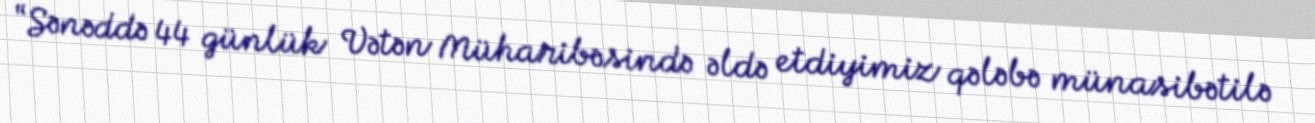
“Sənəddə 44 günlük Vətən Müharibəsində əldə etdiyimiz qələbə münasibətilə